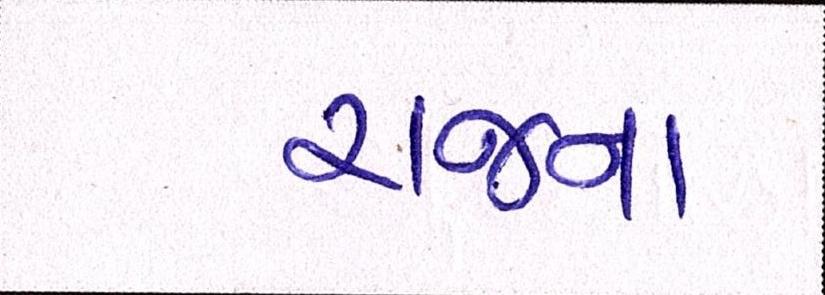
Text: રાજના